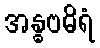
အန္ဓဗဓိရံ